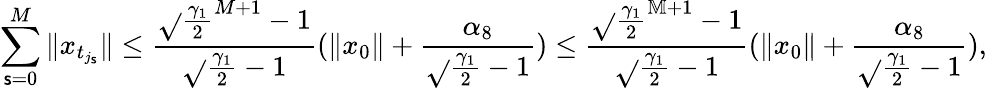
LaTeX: \sum_{\mathsf{s}=0}^{M}\| x_{t_{j_{\mathsf{s}}}}\| \leq\frac{{\sqrt{}{{\frac{{\gamma_{1}}}{{2}}}}^{M+1}-1}}{{\sqrt{}{{\frac{{\gamma_{1}}}{{2}}}}-1}}(\| x_{0}\| +\frac{{\alpha_{8}}}{{\sqrt{}{{\frac{{\gamma_{1}}}{{2}}}}-1}})\leq\frac{{\sqrt{}{{\frac{{\gamma_{1}}}{{2}}}}^{\mathbb{M}+1}-1}}{{\sqrt{}{{\frac{{\gamma_{1}}}{{2}}}}-1}}(\| x_{0}\| +\frac{{\alpha_{8}}}{{\sqrt{}{{\frac{{\gamma_{1}}}{{2}}}}-1}}),